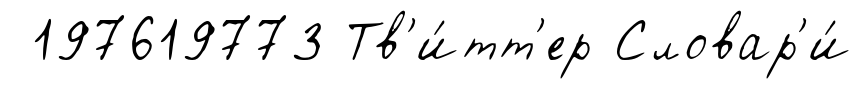
197619773 Тв'и́тт'ер Словар'и́